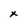
Character: x